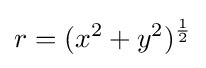
r=(x^{2}+y^{2})^{\frac {1}{2}}